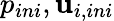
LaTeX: p_{ini},\mathbf{u}_{i,ini}